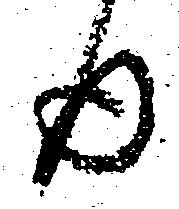
日